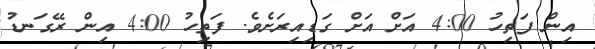
އިން ފަތިހު 4:00 އަށް އަށް ގަޑިއިރަށެވެ. ފަތިހު 4:00 އިން ރޭގަނޑު